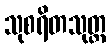
သုစရိတသုတ္တ